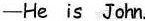
——He is John.